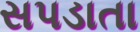
સપડાતા